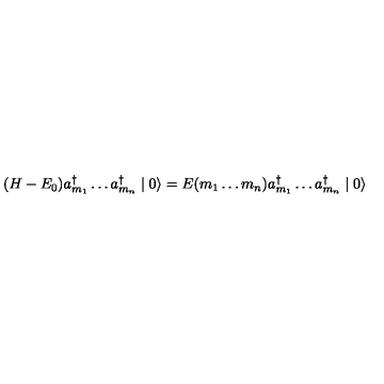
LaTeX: ( H - E _ { 0 } ) a _ { m _ { 1 } } ^ { \dagger } \ldots a _ { m _ { n } } ^ { \dagger } \mid 0 \rangle = E ( m _ { 1 } \ldots m _ { n } ) a _ { m _ { 1 } } ^ { \dagger } \ldots a _ { m _ { n } } ^ { \dagger } \mid 0 \rangle